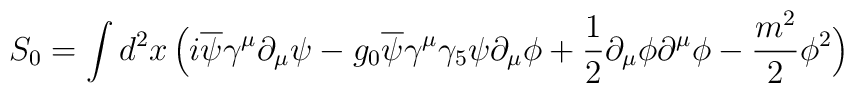
S_0 = \int d^2 x \,\Big( i\overline\psi \gamma^\mu \partial_\mu \psi - g_0 \overline\psi \gamma^\mu \gamma_5 \psi \partial_\mu \phi + {1\over 2} \partial_\mu \phi \partial^\mu \phi - {m^2\over 2} \phi^2 \Big)